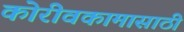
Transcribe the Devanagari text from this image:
कोरीवकामासाठी